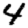
Digit: 4